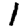
Digit: 1